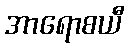
အာရောစယီ